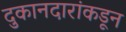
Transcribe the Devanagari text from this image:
दुकानदारांकडून